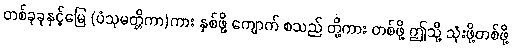
တစ်ခုခုနှင့်မြေ (ပံသုမတ္တိကာ)ကား နှစ်ဖို့ ကျောက် စသည် တို့ကား တစ်ဖို့ ဤသို့ သုံးဖို့တစ်ဖို့